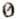
0